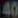
40